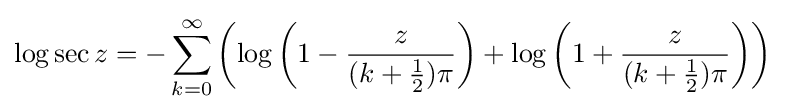
\log \sec z=-\sum _{k=0}^{\infty }\left(\log \left(1-{\frac {z}{(k+{\frac {1}{2}})\pi }}\right)+\log \left(1+{\frac {z}{(k+{\frac {1}{2}})\pi }}\right)\right)